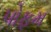
પોફમ